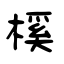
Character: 榽